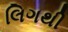
લિગથી